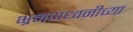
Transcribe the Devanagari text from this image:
भ्रमणध्वनीच्या